Vabadussoja_Ajaloo_Komitee, lk 21
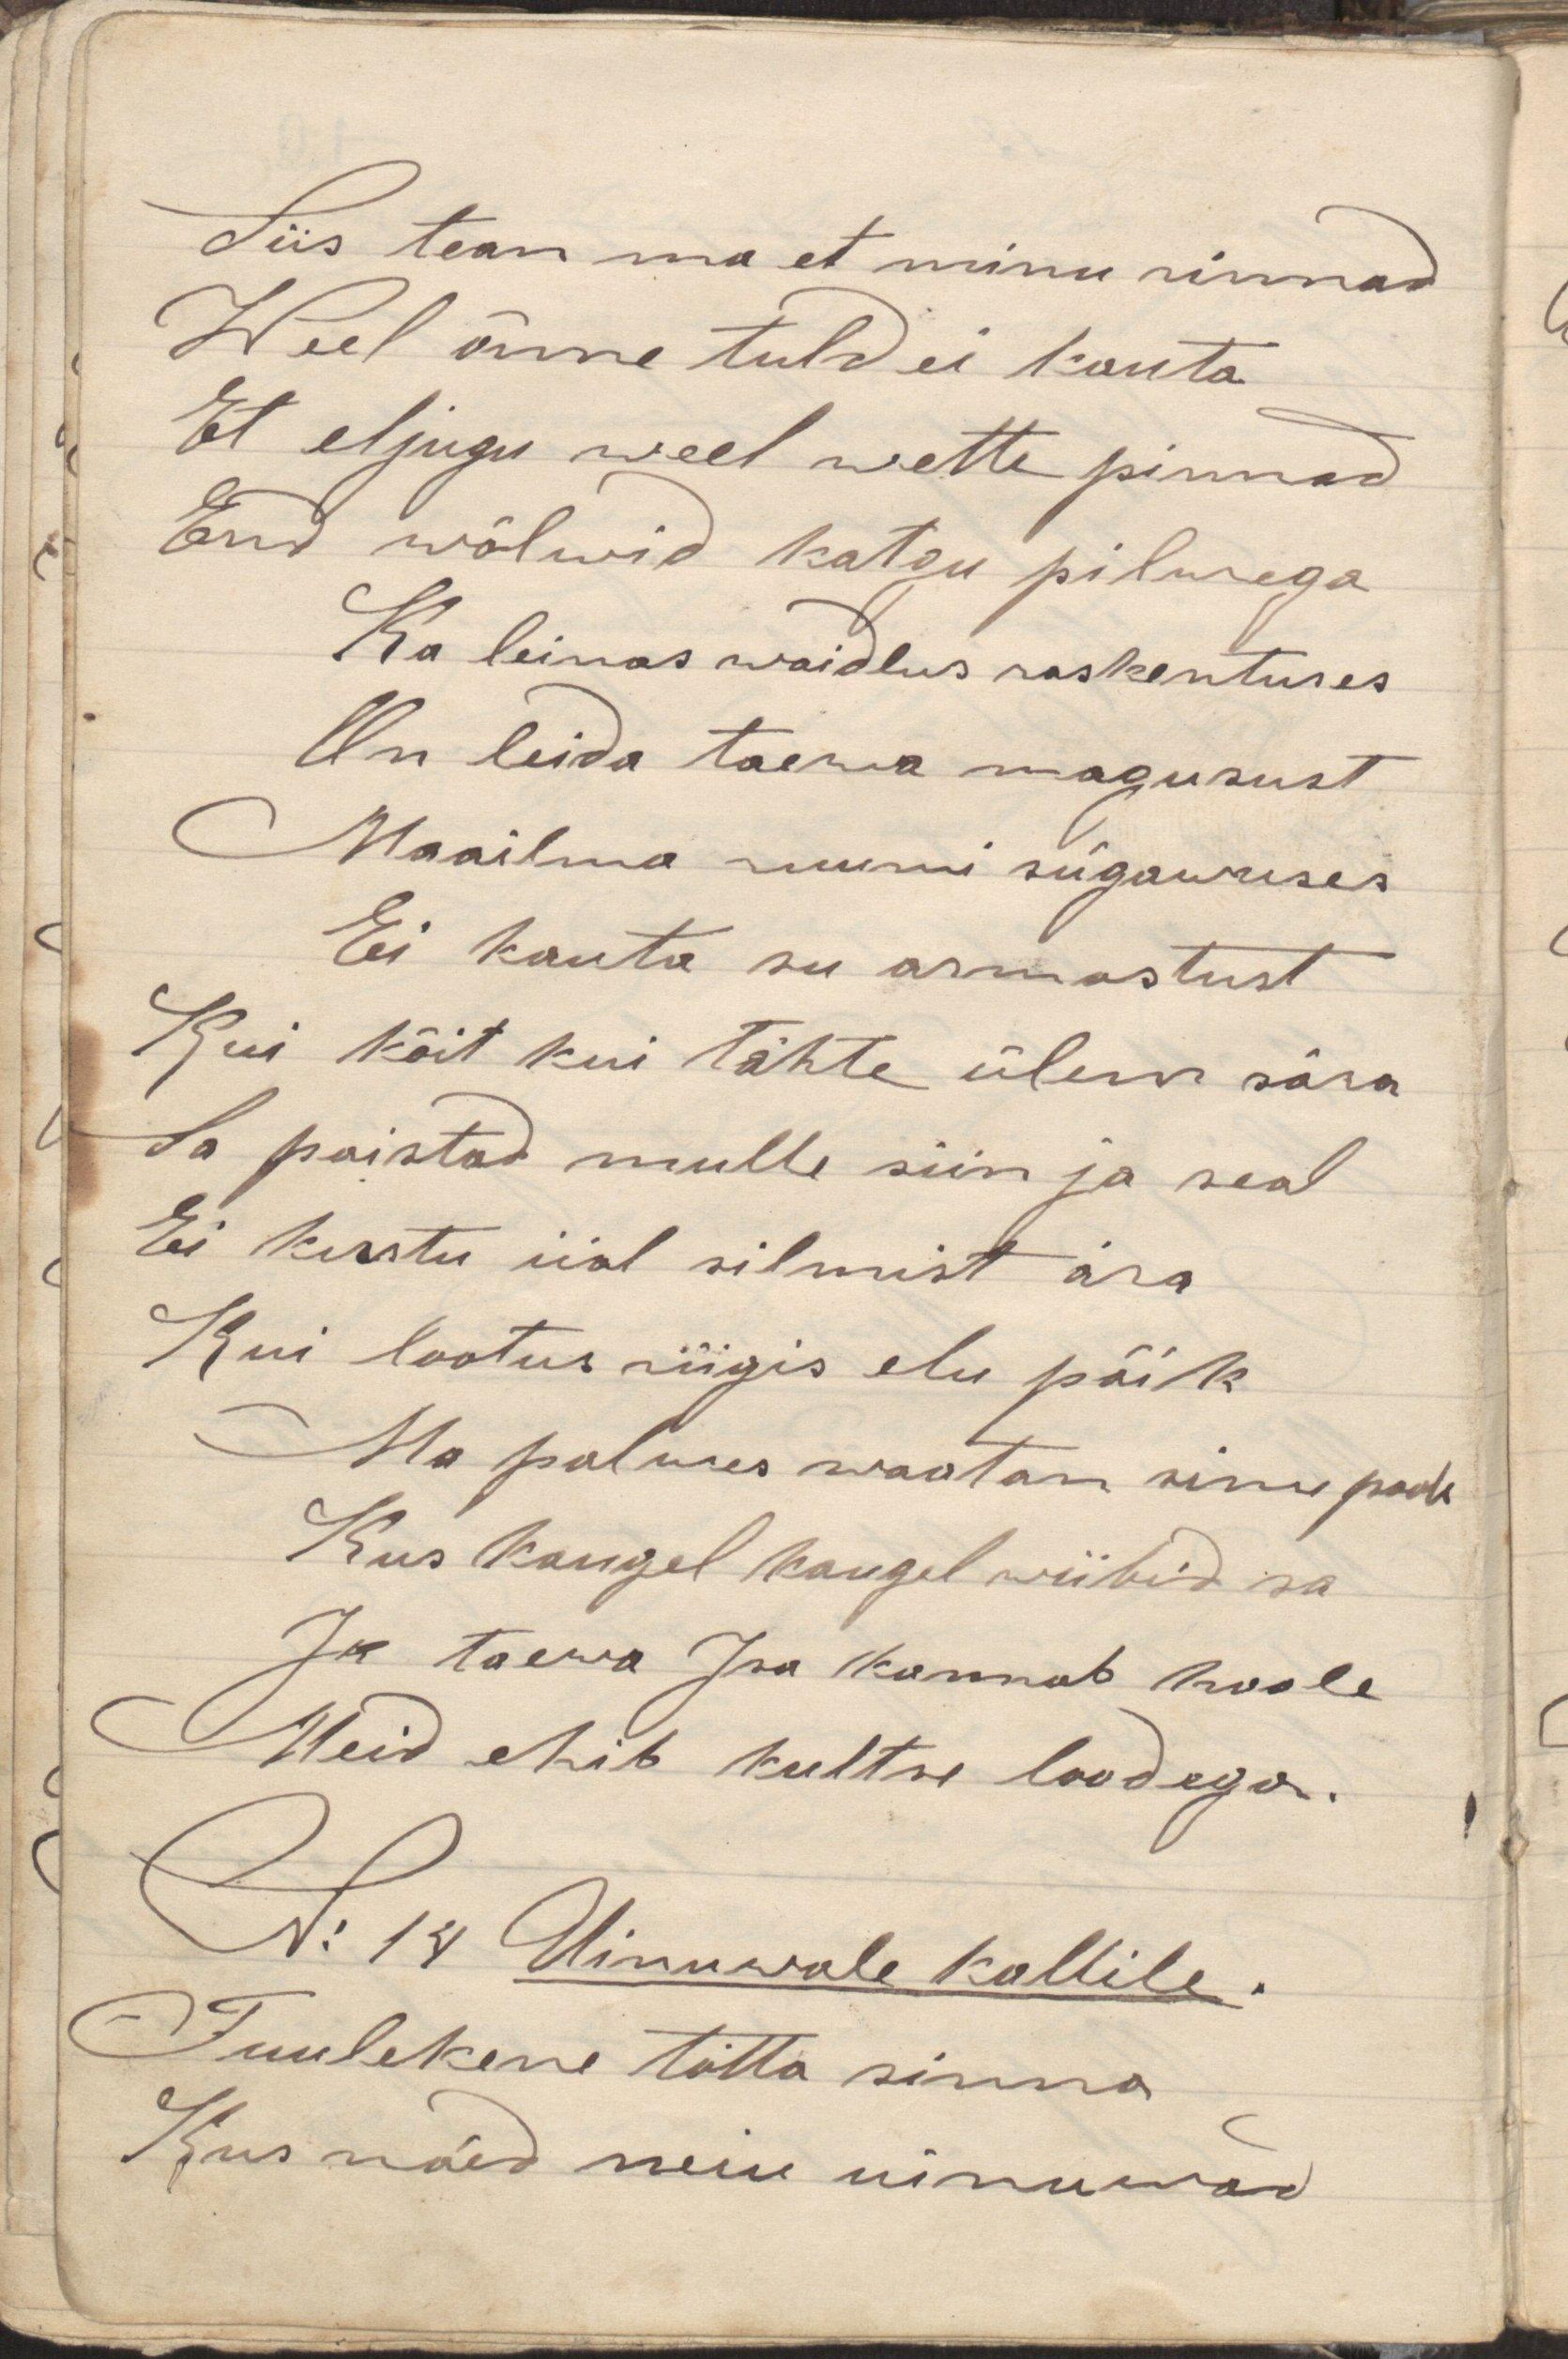
Siis tean ma et minu rinnad
Weel õnne tuld ei kauta
Et eljugu weel wette pinnad
End wõlwid katgu pilwega
Ka leinas waidlus raskentuses
On leida taewa magusust
Maailma ruumi sügawuses
Ei kauta su armastust
Kui koit kui tähte ülem sära
Sa paistad mulle siin ja seal
Ei kustu iial silmist ära
Kui lootus riigis elu päik
Ma palwes waatan sinu poole
Kus kaugel kaugel wiibid sa
Ja taewa Isa kannab hoole
Meid ehib kultse loodega.
Tuulekene tõtta sinna
Kus näed neiu uinuwad
N: 14 Uinuwale kallile.